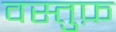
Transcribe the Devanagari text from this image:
वस्तुफ़